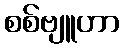
စစ်ဗျူဟာ